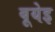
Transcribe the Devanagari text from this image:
बूयेइ